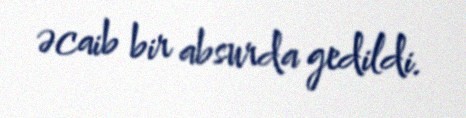
əcaib bir absurda gedildi.